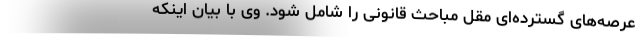
عرصه‌های گسترده‌ای مقل مباحث قانونی را شامل شود. وی با بیان اینکه